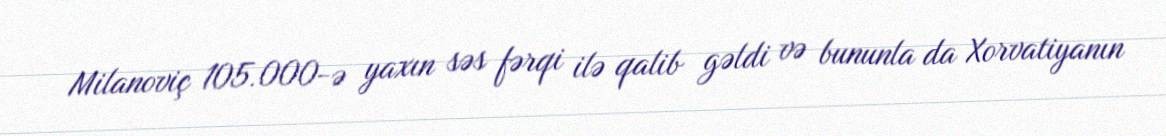
Milanoviç 105.000-ə yaxın səs fərqi ilə qalib gəldi və bununla da Xorvatiyanın